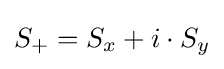
S_{+}=S_{x}+i\cdot S_{y}